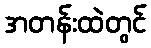
အတန်းထဲတွင်